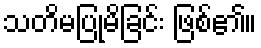
သတိမပြုမိခြင်း ဖြစ်၏။